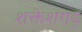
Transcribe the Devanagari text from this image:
शक्तेशगढ़